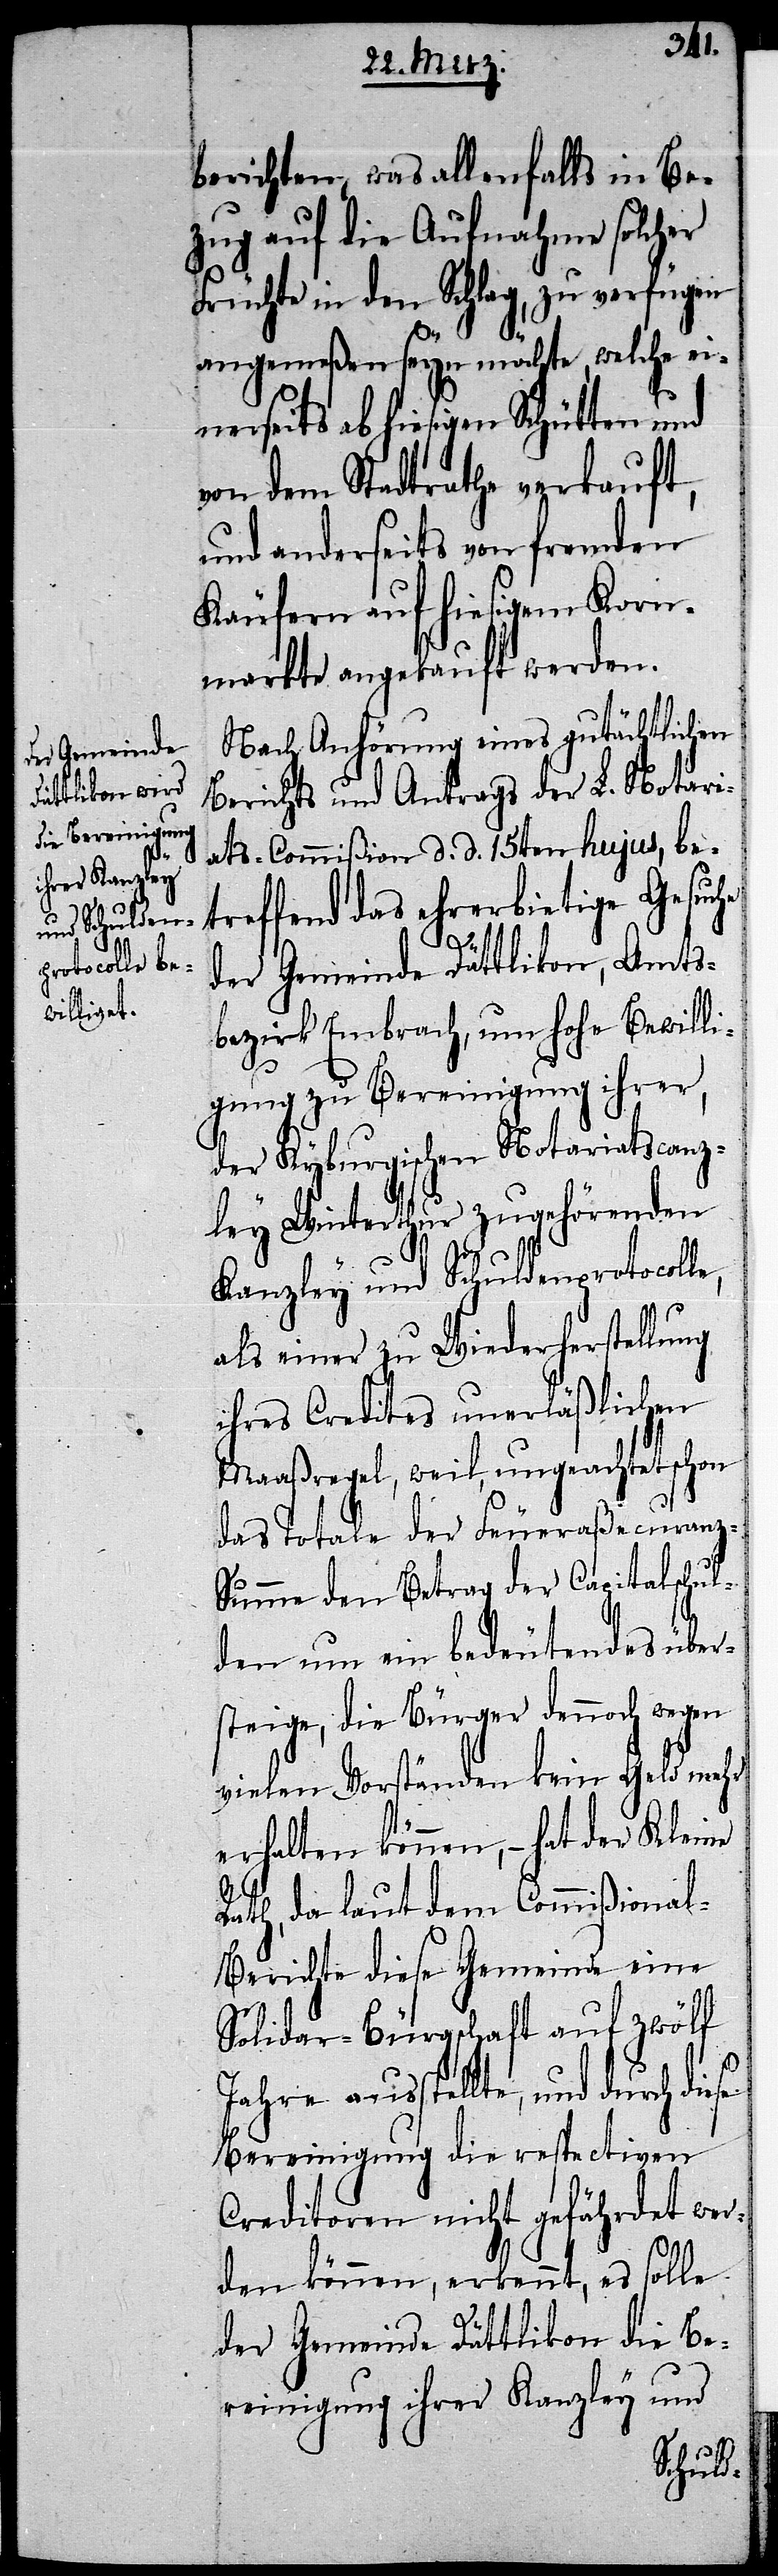
berichten, was allenfalls in Be¬
zug auf die Aufnahme solcher
Früchte in den Schlag, zu verfügen
se
angemeßen seyn möchte, welche ei¬
nerseits ab hiesigen Schütten und
von dem Stadtrathe verkauft,
und anderseits von fremden
Käufern auf hiesigem Korn¬
markte angekauft werden.
Nach Anhörung eines gutächtlichen
Berichts und Antrags der L. Notari¬
ats-Commißion d. d. 15ten hujus, be¬
treffend das ehrerbietige Gesuche
der Gemeinde Dättlikon, Amts¬
bezirk Embrach, um hohe Bewilli¬
gung zu Bereinigung ihrer,
der Kyburgischen Notariatscanz¬
ley Winterthur zugehörenden
Kanzley und Schuldenprotocolle,
als einer zu Wiederherstellung
ihres Credites unerläßlichen
Maaßregel, weil, ungeachtet schon
das Totale der Feueraßecuranz-S¬
umme den Betrag der Capitalschul¬
den um ein bedeutendes über¬
steige, die Bürger dennoch wegen
vielen Vorständen kein Geld mehr
erhalten können, – hat der Kleine
Rath, da laut dem Commißiona¬
l-Berichte diese Gemeinde eine
Solidar-Bürgschaft auf zwölf
Jahre ausstellte, und durch die¬
Bereinigung die respectiven
Creditoren nicht gefährdet wer¬
den können, erkennt, es solle
der Gemeinde Dättlikon die Be¬
reinigung ihrer Kanzley und